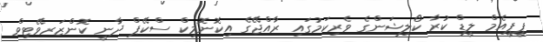
ޕީީޕީއެމް ލީޑް ކުރާ ކޯލިޝަންގެ ވެރިކަމުގައި ރާއްޖޭގެ އިކޮނޮމިކް ސްކޭޕް ދާނީ ކޮންޒަރވޭޓިވް